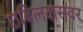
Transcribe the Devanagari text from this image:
छबिलदासवर